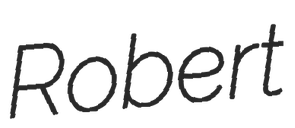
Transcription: Robert